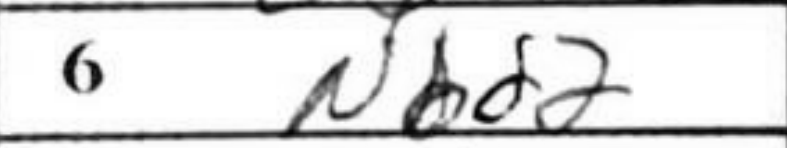
Transcription: Nbd2